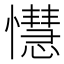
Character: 懳